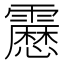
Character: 𩆝